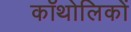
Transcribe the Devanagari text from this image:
कॉथोलिकों